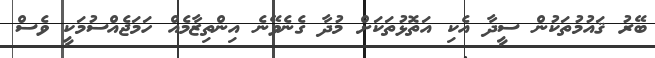
ބޭރު ޤައުމުތަކުން ސީދާ އެކި އަތޮޅުތަކަށް މުދާ ގެނެވޭނެ އިންތިޒާމެއް ހަމަޖެއްސުމަކީ ވެސް